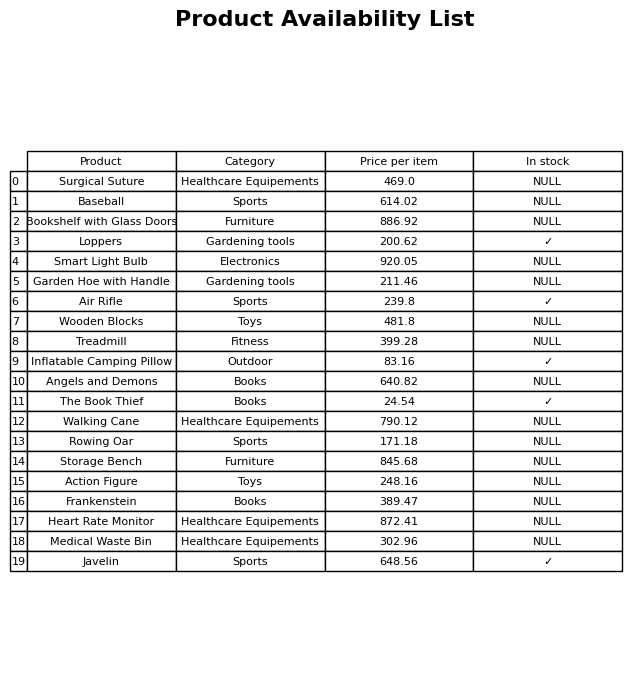
question: What category does the Garden Hoe with Handle belong to?
answer: Gardening tools